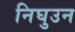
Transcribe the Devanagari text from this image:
निघुउन